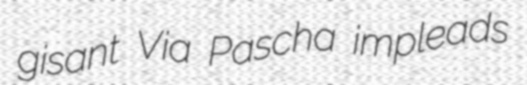
gisant Via Pascha impleads